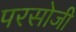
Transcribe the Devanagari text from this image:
परसोजी